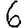
Digit: 6